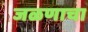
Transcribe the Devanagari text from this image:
जळणाचा